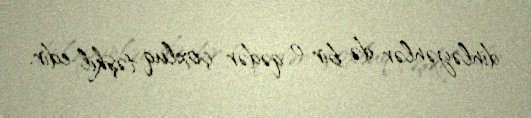
dinləyənlər də bir o qədər çoxluq təşkil edir.